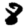
Digit: 8